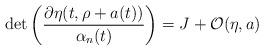
LaTeX: \begin{align*}\det\left(\frac{\partial \eta(t,\rho+a(t))}{\alpha_n(t)}\right) = J + {\cal O}(\eta,a)\end{align*}